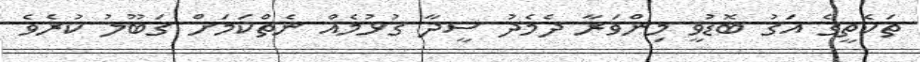
ތަކެތީގެ އަގު ބޮޑުވީ މިންވަރާ ދެމެދު ސީދާ ގުޅުމެއް ނެތްކަމަށް ގަބޫލު ކުރެވެ